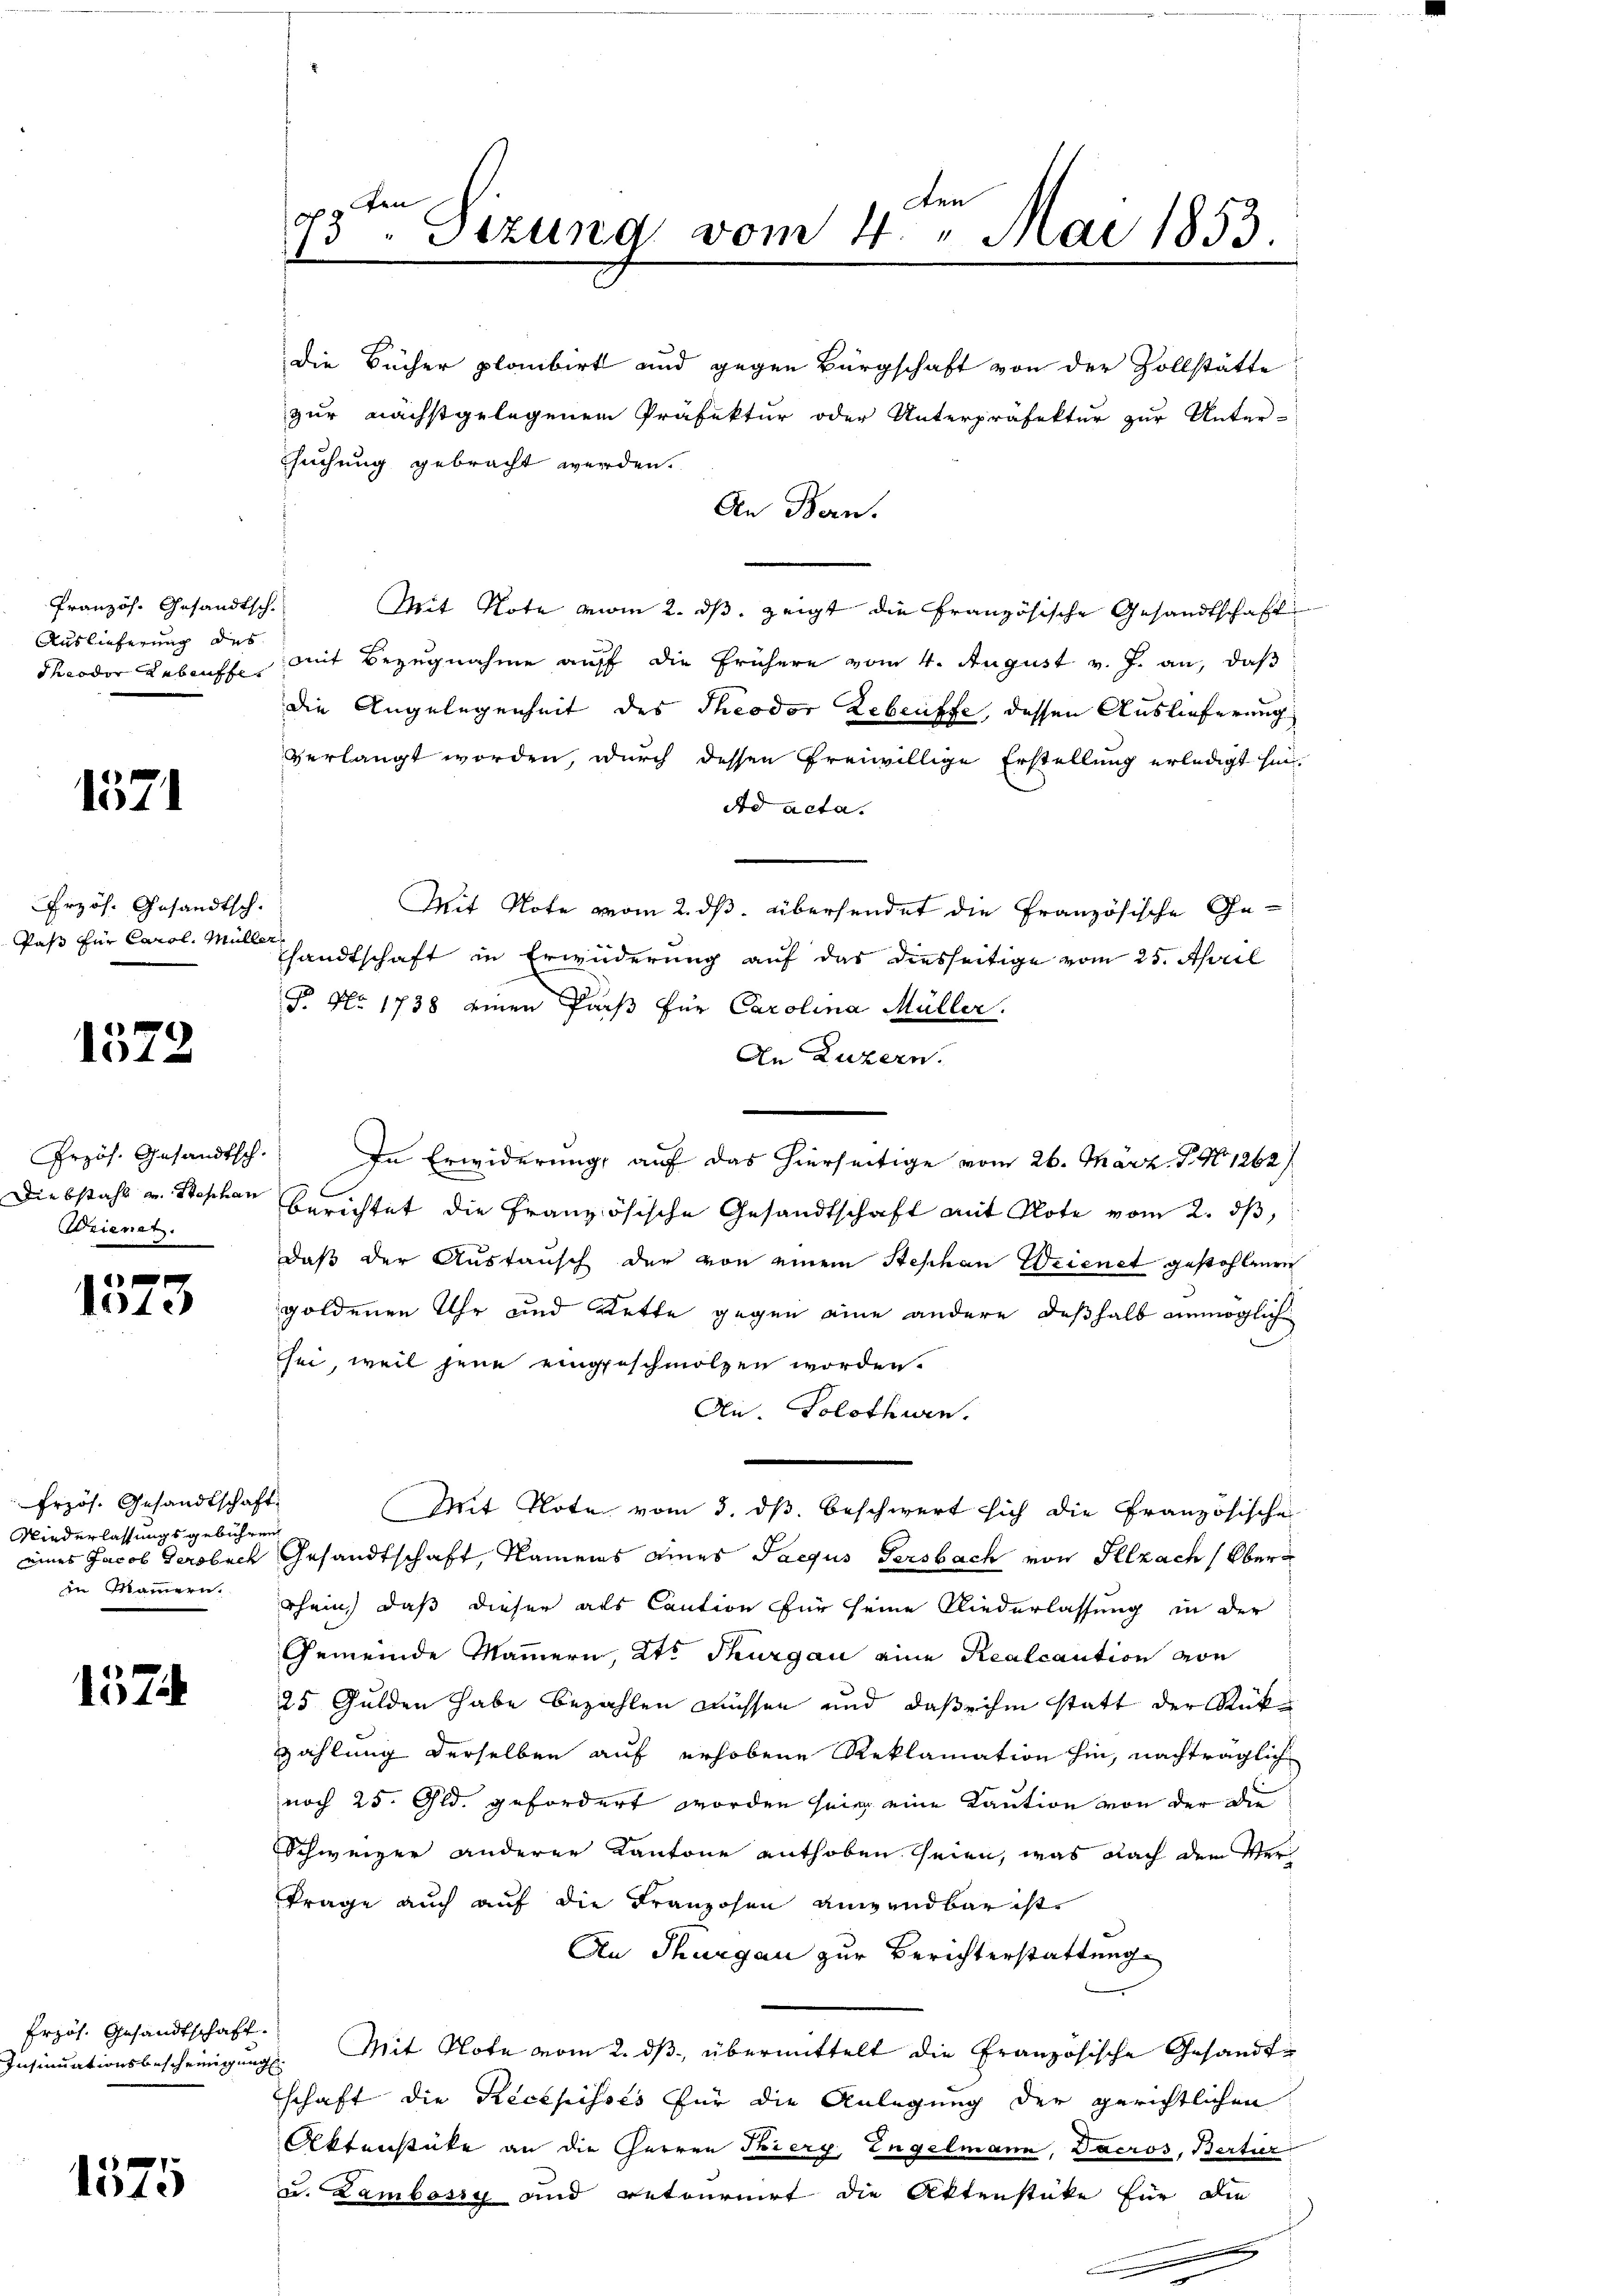
Französ. Gesandtsch.
Auslieferung des
dheodor Rebenffe

1571

Przös. Gesandtsch
Pas für Carol. Mül

1572

Przös. Gesandtsch.
Diebstahl u. Stephan
Arienet.

d
Note

Erzös. Gesandtschaft
Niederlassungsgebühren
eines Jacob Gersbuch
in Mammern.

157

Erzös. Gesandtschaft.
Insinuationsbescheinigung

1575

e
N 2
Sizung vom 4. " Mai 1853.

die Bücher plambirt und gegen Bürgschaft von der Vollstätte
zur nächstgelegenen Präfektur oder Unterpräfekter zur Unter-
suchung gebracht werden.
An Bern.
Mit Note vom 2. ds. zeigt die französische Gesandtschaft
mit Bezugnahme auff die frühere vom 4. August v. J. an, daß
die Angelegenheit des Theodor Lebenffe, dessen Auslieferung
verlangt worden, durch dessen freiwillige Erstellung erledigt hin¬
Ad acta.
Mit Note vom 2. ds. übersendet die Französische Gehandtschaft in Erwiderung auf das diesseitige vom 25. April
T. No. 1738 einen Pars für Carolina Müller.
An Luzern.
In Erwiderung, auf das hierseitige vom 26. März. T. No 1262)
berichtet die Französische Gesandtschaft mit Note vom 2. ds,
daß der Austausch der von einem Stephan Weienet gestohlenen
goldenen Uhr und Wette gegen eine andere deßhalb unmögliche
sei, weil jene eingeschmolzen worden.
Ai. Solothurn.
t.
Mit Note vom 3. ds. beschwert sich die Französische
Gesandtschaft, Namens eines Saequs Persbach von Selzach Oberrhein, daß dieser als Caution für seine Niederlassung in der
Gemeinde Mammern, Kt. Thurgau eine Realcaution von
25 Gulden habe bezahlen müssen und daß ihm statt der Rük¬
Zahlung derselben auf erhobene Reklamation hin, nachträglich
noch 25. Gld. gefordert worden sein eine Kaution von der die
Schweizer anderer Kantone enthoben seien, was nach dem Verkrage auch auf die Franzosen angendbar ist
An Thurgau zur Berichterstattung
8. Mit Note vom 2. dβ übermittelt die Französische Gesandte
schaft die Recepisses für die Anlegung der gerichtlichen
Aktenstüke an die Herren Tierg, Engelmann, Dacros, Bertier
u. Lambösig und retournirt die Aktenstüke für die
.